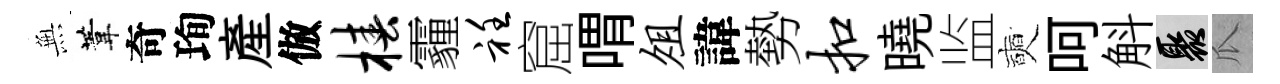
𭴾葦奇珣産倣椿霾衽窟喟俎諱勢扣曉监奭呵斛聚瓜